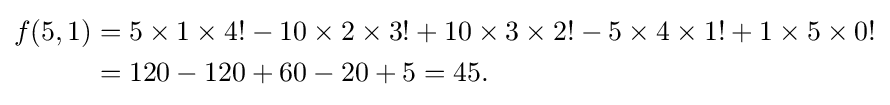
{\begin{aligned}f(5,1)&=5\times 1\times 4!-10\times 2\times 3!+10\times 3\times 2!-5\times 4\times 1!+1\times 5\times 0!\\&=120-120+60-20+5=45.\end{aligned}}